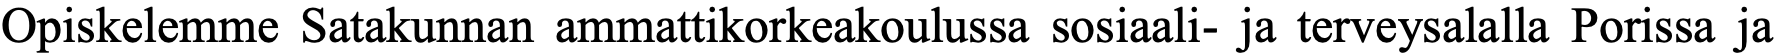
Opiskelemme Satakunnan ammattikorkeakoulussa sosiaali- ja terveysalalla Porissa ja